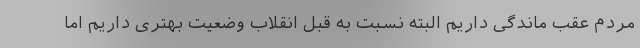
مردم عقب ماندگی داریم البته نسبت به قبل انقلاب وضعیت بهتری داریم اما